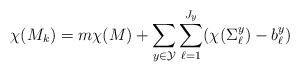
LaTeX: \begin{align*}\chi(M_k)=m\chi (M)+\sum_{y\in\mathcal{Y}}\sum_{\ell=1}^{J_y} (\chi(\Sigma^y_{\ell})-b^y_{\ell})\end{align*}